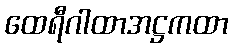
ထေရီဂါထာအဋ္ဌကထာ